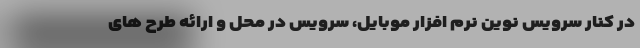
در کنار سرویس‌ نوین نرم افزار موبایل، سرویس در محل و ارائه طرح های